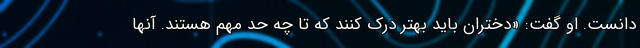
دانست. او گفت: «دختران باید بهتر درک کنند که تا چه حد مهم هستند. آنها